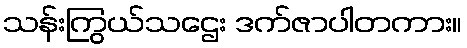
သန်းကြွယ်သဌေး ဒက်ဇာပါတကား။